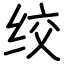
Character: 绞